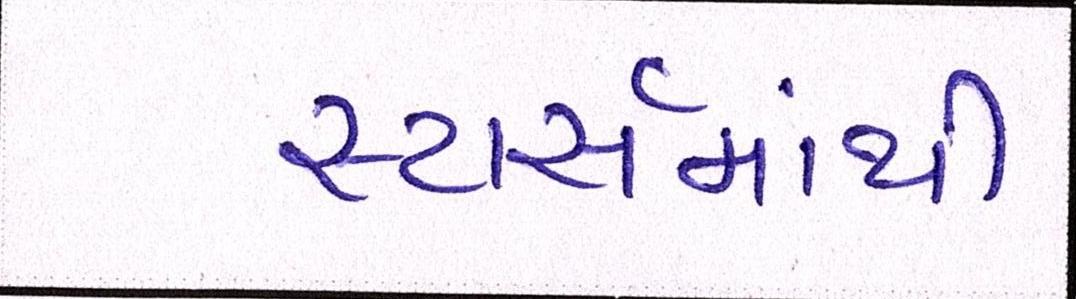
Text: સ્ટાર્સમાંથી